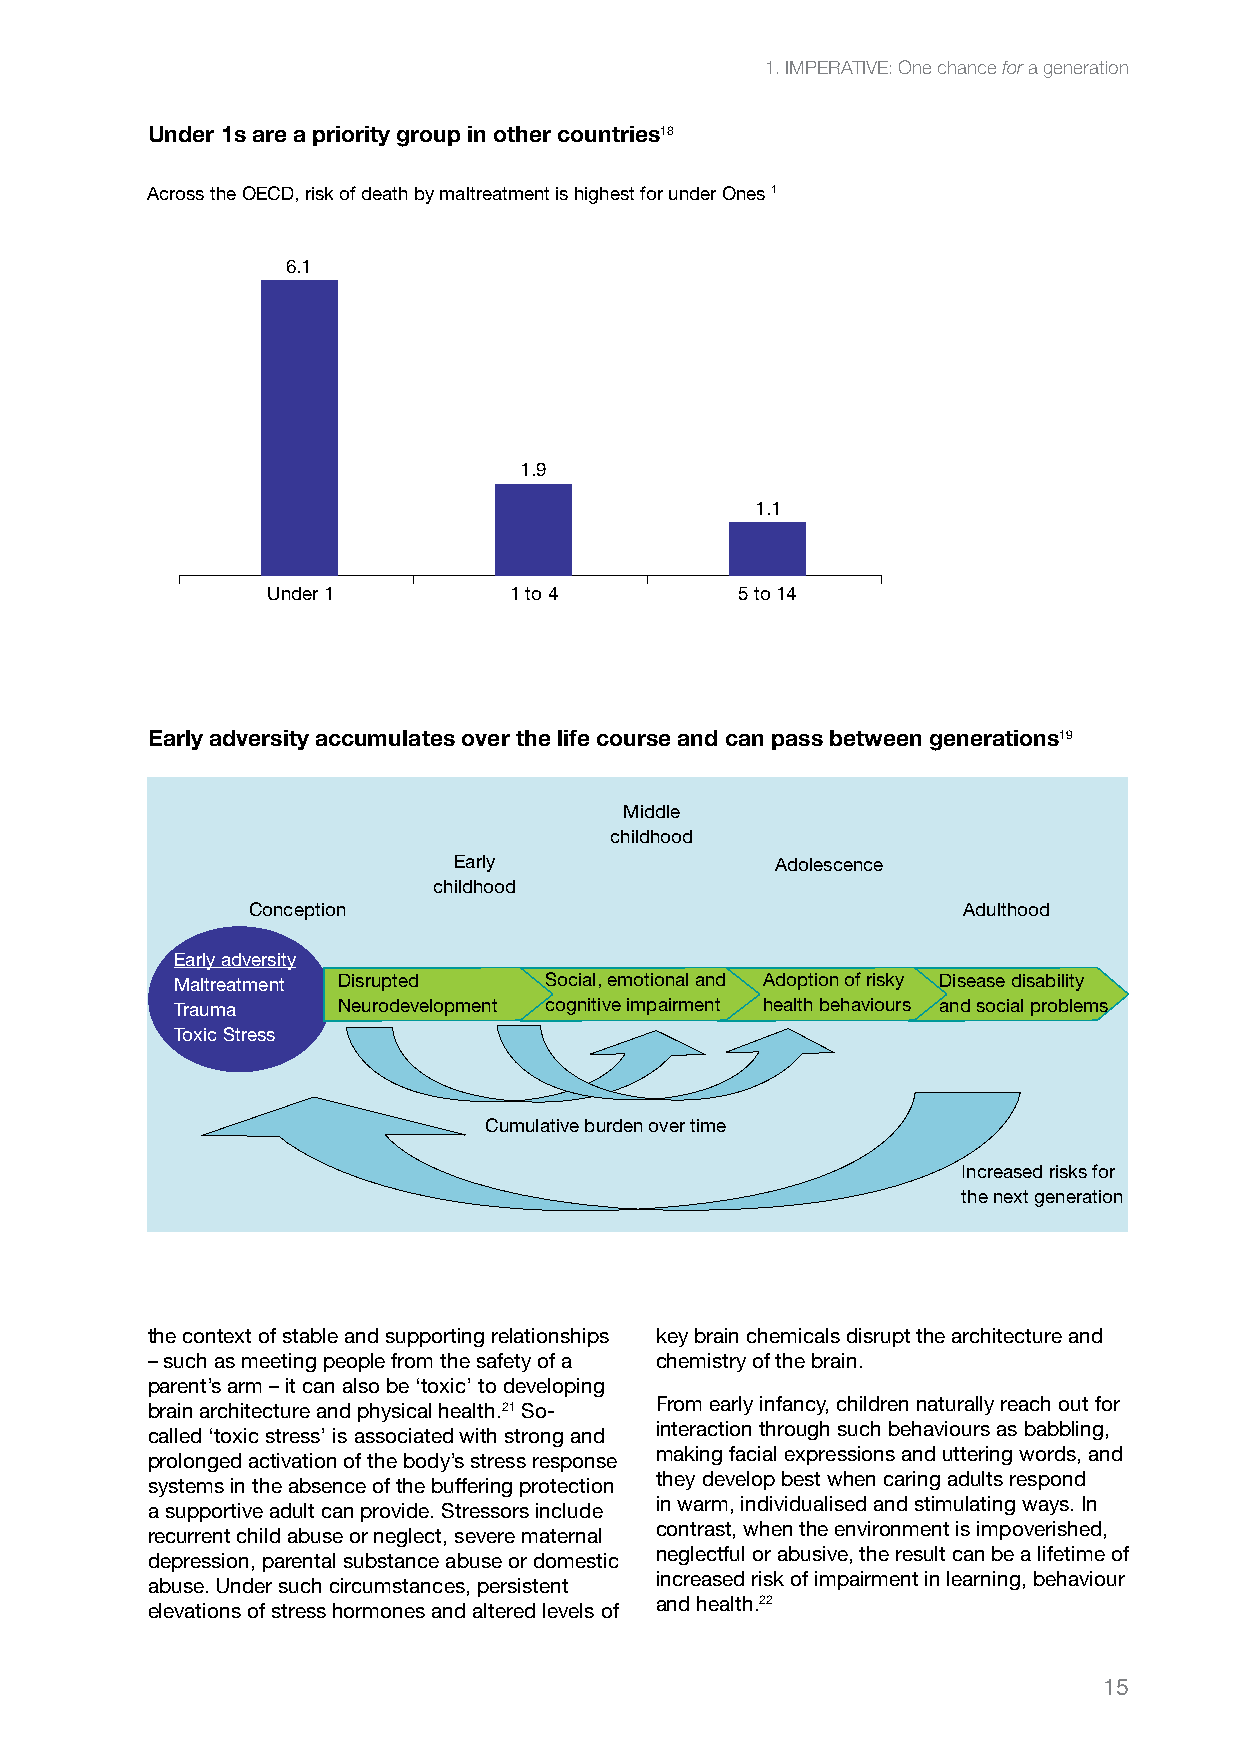
1. IMPERATIVE: One chance for a generation
 Under 1s are a priority group in other countries18
 Across the OECD, risk of death by maltreatment is highest for under Ones 1
 6.1
 1.9
 1.1
 Under 1         1 to 4         5 to 14
 Early adversity accumulates over the life course and can pass between generations19
 Middle
 childhood
 Early                Adolescence
 childhood
 Conception                                      Adulthood
 Early adversity
 Maltreatment Disrupted  Social, emotional and Adoption of risky Disease disability
 Trauma    Neurodevelopment cognitive impairment health behaviours and social problems
 Toxic Stress
 Cumulative burden over time
 Increased risks for
 the next generation
 the context of stable and supporting relationships key brain chemicals disrupt the architecture and
 – such as meeting people from the safety of a chemistry of the brain.
 parent’s arm – it can also be ‘toxic’ to developing
 From early infancy, children naturally reach out for
 brain architecture and physical health.21 So-
 interaction through such behaviours as babbling,
 called ‘toxic stress’ is associated with strong and
 making facial expressions and uttering words, and
 prolonged activation of the body’s stress response
 they develop best when caring adults respond
 systems in the absence of the buffering protection
 in warm, individualised and stimulating ways. In
 a supportive adult can provide. Stressors include
 contrast, when the environment is impoverished,
 recurrent child abuse or neglect, severe maternal
 neglectful or abusive, the result can be a lifetime of
 depression, parental substance abuse or domestic
 increased risk of impairment in learning, behaviour
 abuse. Under such circumstances, persistent
 and health.22
 elevations of stress hormones and altered levels of
 15